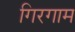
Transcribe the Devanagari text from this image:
गिरगाम